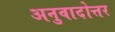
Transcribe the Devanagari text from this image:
अनुवादोत्तर